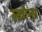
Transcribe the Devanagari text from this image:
स्कोन्स